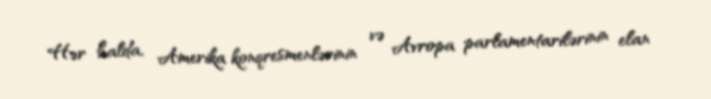
Hər halda, Amerika konqresmenlərinin və Avropa parlamentarilərinin elan